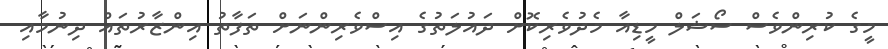
މީގެ ކުރިންވެސް ސޯޝަލް މީޑިއާ މެދުވެރިކޮށް ދައުލަތުގެ އިސްވެރިންނަށް ތަފާތު އިންޒާރުތައް ދިނުމާއި